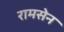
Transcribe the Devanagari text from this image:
रामसेन